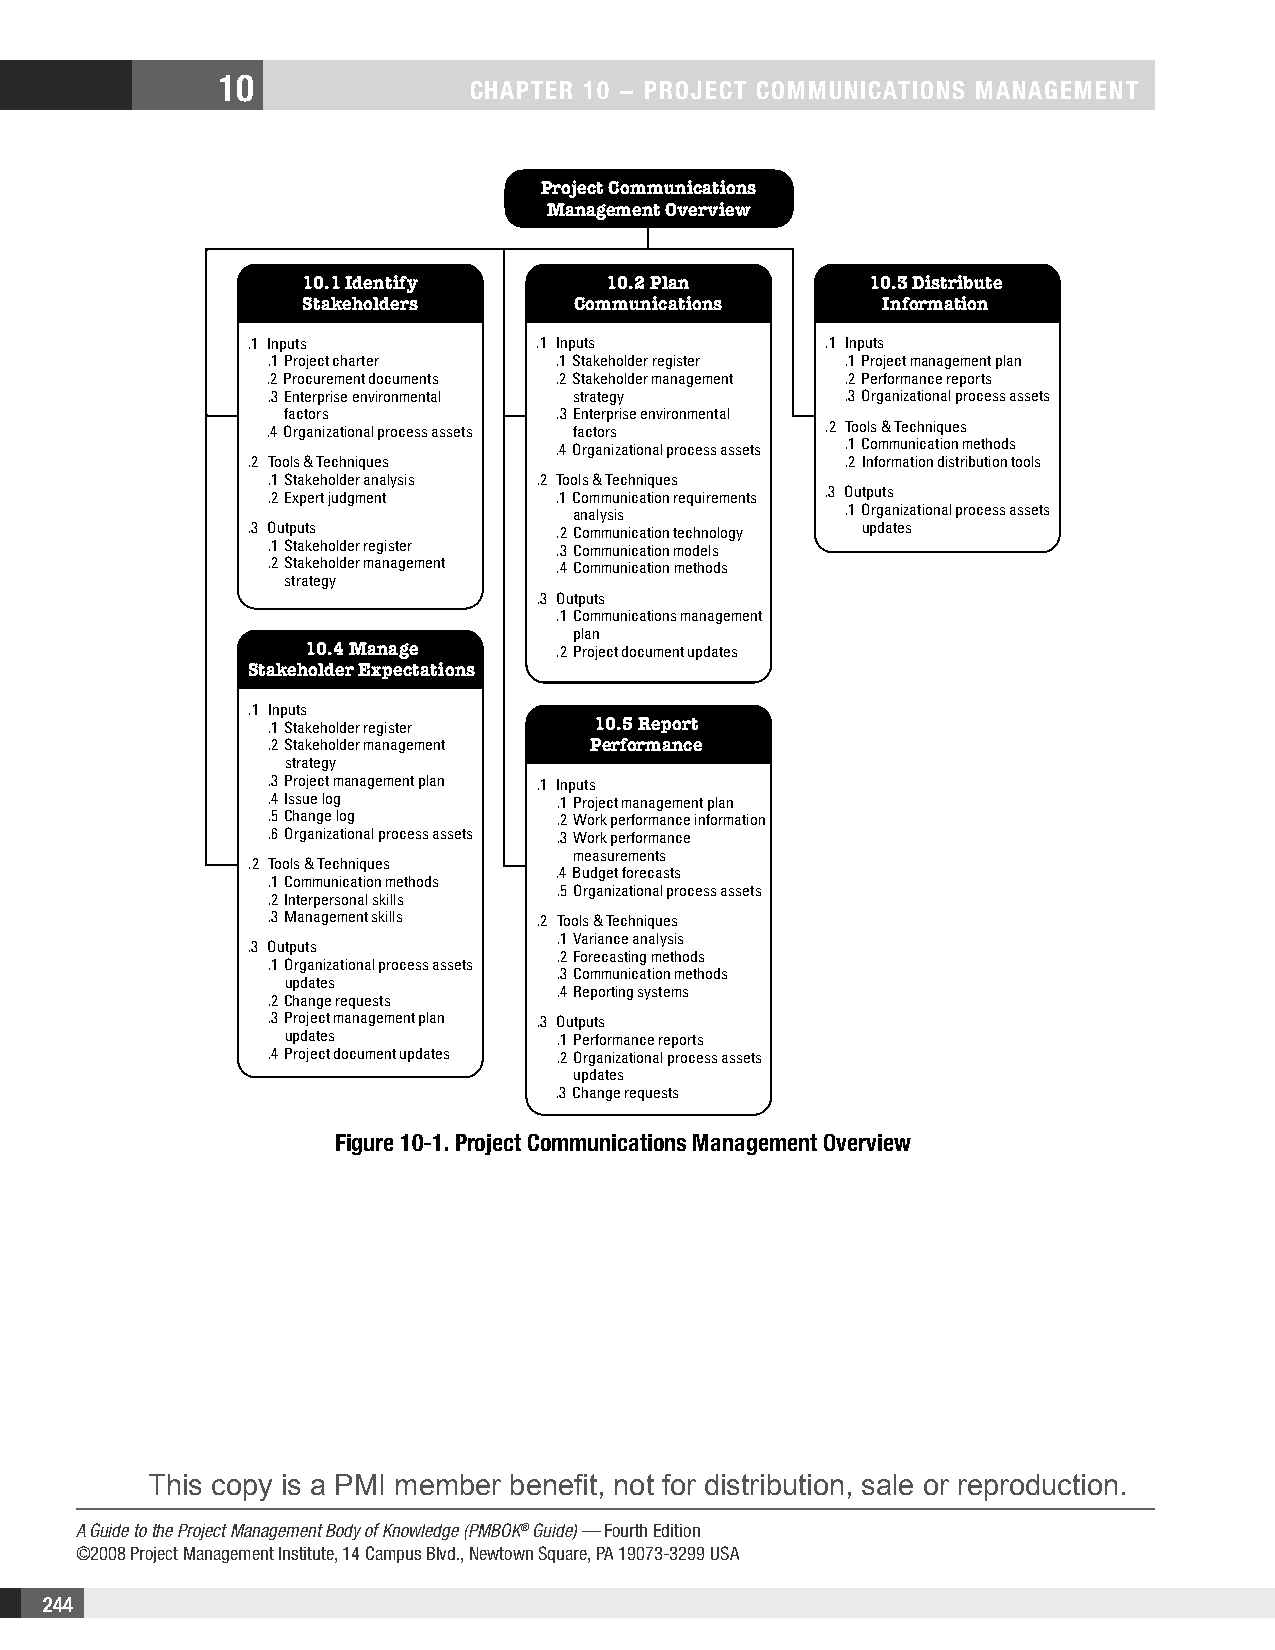
10
 CHAPTER 10 − PROjECT COMMunICATIOnS MAnAgEMEnT
 Project Communications
 Management Overview
 10.1 Identify       10.2 Plan         10.3 Distribute
 Stakeholders      Communications       Information
 .1 Inputs          .1 Inputs          .1 Inputs
 .1 Project charter .1 Stakeholder register .1 Project management plan
 .2 Procurement documents .2 Stakeholder management .2 Performance reports
 .3 Enterprise environmental strategy  .3 Organizational process assets
 factors           .3 Enterprise environmental
 .4 Organizational process assets factors .2 Tools & Techniques
 .4 Organizational process assets .1 Communication methods
 .2 Tools & Techniques                  .2 Information distribution tools
 .1 Stakeholder analysis .2 Tools & Techniques
 .2 Expert judgment .1 Communication requirements .3 Outputs
 analysis          .1 Organizational process assets
 .3 Outputs          .2 Communication technology updates
 .1 Stakeholder register .3 Communication models
 .2 Stakeholder management .4 Communication methods
 strategy
 .3 Outputs
 .1 Communications management
 plan
 10.4 Manage      .2 Project document updates
 Stakeholder Expectations
 .1 Inputs
 .1 Stakeholder register 10.5 Report
 .2 Stakeholder management Performance
 strategy
 .3 Project management plan .1 Inputs
 .4 Issue log       .1 Project management plan
 .5 Change log      .2 Work performance information
 .6 Organizational process assets .3 Work performance
 measurements
 .2 Tools & Techniques
 .4 Budget forecasts
 .1 Communication methods
 .5 Organizational process assets
 .2 Interpersonal skills
 .3 Management skills .2 Tools & Techniques
 .1 Variance analysis
 .3 Outputs
 .2 Forecasting methods
 .1 Organizational process assets
 .3 Communication methods
 updates
 .4 Reporting systems
 .2 Change requests
 .3 Project management plan .3 Outputs
 updates           .1 Performance reports
 .4 Project document updates .2 Organizational process assets
 updates
 .3 Change requests
 Figure 10-1. Project Communications Management Overview
 This copy is a PMI member benefit, not for distribution, sale or reproduction.
 A Guide to the Project Management Body of Knowledge (PMBOK® Guide) — Fourth Edition
 ©2008 Project Management Institute, 14 Campus Blvd., Newtown Square, PA 19073-3299 USA
 244